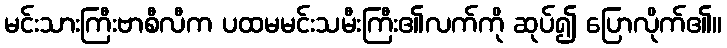
မင်းသားကြီးဗာစီလီက ပထမမင်းသမီးကြီး၏လက်ကို ဆုပ်၍ ပြောလိုက်၏။